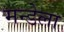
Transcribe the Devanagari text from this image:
मन्डेला